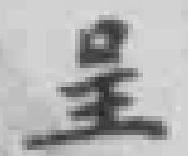
呈